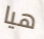
هيا